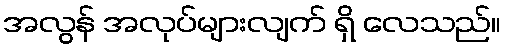
အလွန် အလုပ်များလျက် ရှိ လေသည်။